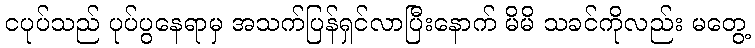
ငပုပ်သည် ပုပ်ပွနေရာမှ အသက်ပြန်ရှင်လာပြီးနောက် မိမိ သခင်ကိုလည်း မတွေ့